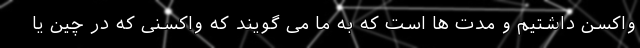
واکسن داشتیم و مدت ها است که به ما می گویند که واکسنی که در چین یا